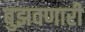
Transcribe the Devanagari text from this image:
बुझवणारी